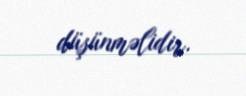
düşünməlidir.